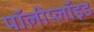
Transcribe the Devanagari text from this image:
पॉलीप्लॉइड